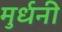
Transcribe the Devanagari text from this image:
मुर्धनी